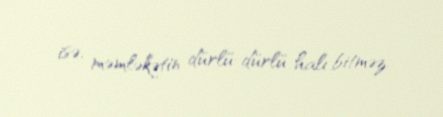
isə, məmləkətin dürlü-dürlü halı bitməz.